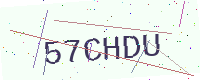
Text: 57CHDU